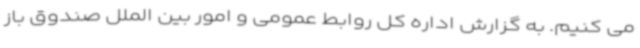
می کنیم. به گزارش اداره کل روابط عمومی و امور بین الملل صندوق باز